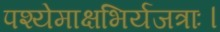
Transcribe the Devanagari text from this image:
पश्येमाक्षभिर्यजत्राः।